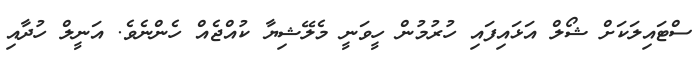
ސްޓައިލަކަށް ޝޯލް އަޅައިފައި ހުރުމުން ހީވަނީ މެލޭޝިޔާ ކުއްޖެއް ހެންނެވެ. އަނީލް ހުދާއި